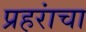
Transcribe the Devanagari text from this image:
प्रहरांचा